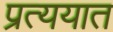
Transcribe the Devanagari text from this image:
प्रत्ययात